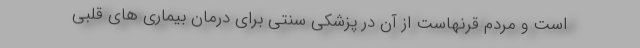
است و مردم قرنهاست از آن در پزشکی سنتی برای درمان بیماری های قلبی